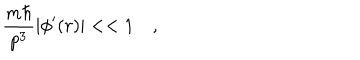
LaTeX: { \frac { m \hbar } { p ^ { 3 } } } | \phi ^ { \prime } ( r ) | < < 1 \quad ,